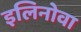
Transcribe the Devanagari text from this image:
इलिनोवा